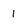
Character: 1